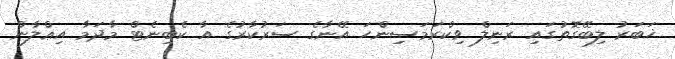
ޚަބަރު ލިބޭގޮތުގައި ރަނިލް ވިކްރަމަސިންހަ އޭނާގެ ސަރުކާރުގެ އާ ކެބިނެޓް މާދަމާ އިޢްލާން